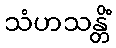
သံဟသန္တိံ